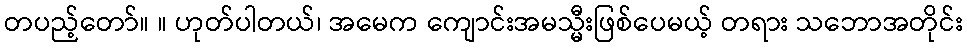
တပည့်တော်။ ။ ဟုတ်ပါတယ်၊ အမေက ကျောင်းအမသ္မီးဖြစ်ပေမယ့် တရား သဘောအတိုင်း